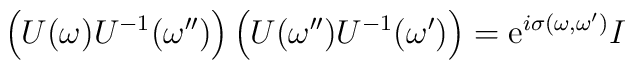
\left(U(\omega) U^{-1}(\omega^{\prime\prime})\right)  \left(U(\omega^{\prime\prime}) U^{-1}(\omega^\prime)\right)=  \mbox{e}^{i\sigma(\omega,\omega^\prime)} I